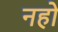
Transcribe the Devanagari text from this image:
नहो